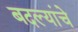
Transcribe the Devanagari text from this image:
बदल्यांचे